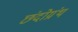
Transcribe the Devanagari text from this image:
छंदोग्रंथ